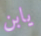
يابن